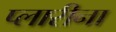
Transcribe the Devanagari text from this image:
प्लारीना